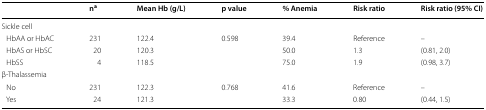
<table><thead><tr><td></td><td><b>n<sup>a</sup></b></td><td><b>Mean Hb (g/L)</b></td><td><b>p value</b></td><td><b>% Anemia</b></td><td><b>Risk ratio</b></td><td><b>Risk ratio (95% CI)</b></td></tr></thead><tbody><tr><td colspan="7">Sickle cell</td></tr><tr><td> HbAA or HbAC</td><td>231</td><td>122.4</td><td>0.598</td><td>39.4</td><td>Reference</td><td>–</td></tr><tr><td> HbAS or HbSC</td><td>20</td><td>120.3</td><td></td><td>50.0</td><td>1.3</td><td>(0.81, 2.0)</td></tr><tr><td> HbSS</td><td>4</td><td>118.5</td><td></td><td>75.0</td><td>1.9</td><td>(0.98, 3.7)</td></tr><tr><td colspan="7">β-Thalassemia</td></tr><tr><td> No</td><td>231</td><td>122.3</td><td>0.768</td><td>41.6</td><td>Reference</td><td>–</td></tr><tr><td> Yes</td><td>24</td><td>121.3</td><td></td><td>33.3</td><td>0.80</td><td>(0.44, 1.5)</td></tr></tbody></table>